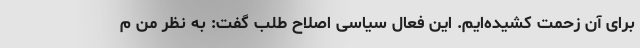
برای آن زحمت کشیده‌ایم. این فعال سیاسی اصلاح طلب گفت: به نظر من م